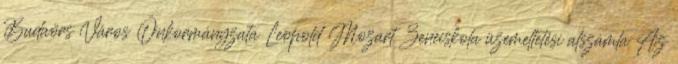
Budaörs Város Önkormányzata Leopold Mozart Zeneiskola üzemeltetési alszámla Az